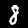
Label: 8